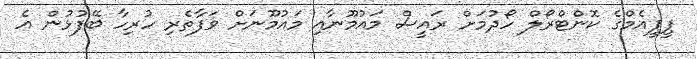
ޕީޕީއެމްގެ ކޮންޓްރޯލް ހޯދުމަށް ރައީސް މައުމޫނާއި މައުމޫނަށް ވަފާތެރި ހުރިހާ ބޭފުޅުން އެ